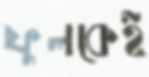
ফুলকেই